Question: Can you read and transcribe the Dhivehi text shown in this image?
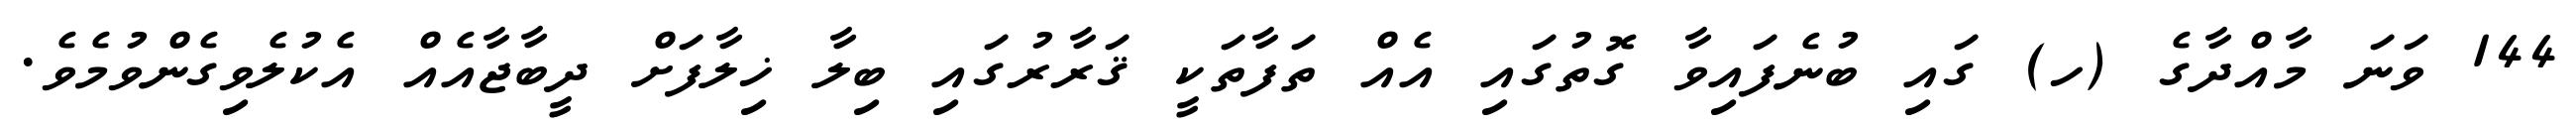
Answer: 144 ވަނަ މާއްދާގެ (ހ) ގައި ބުނެފައިވާ ގޮތުގައި އެއް ތަފާތަކީ ޤަރާރުގައި ބިލާ ޚިލާފަށް ދީބާޖާއެއް އެކުލެވިގެންވުމެވެ.